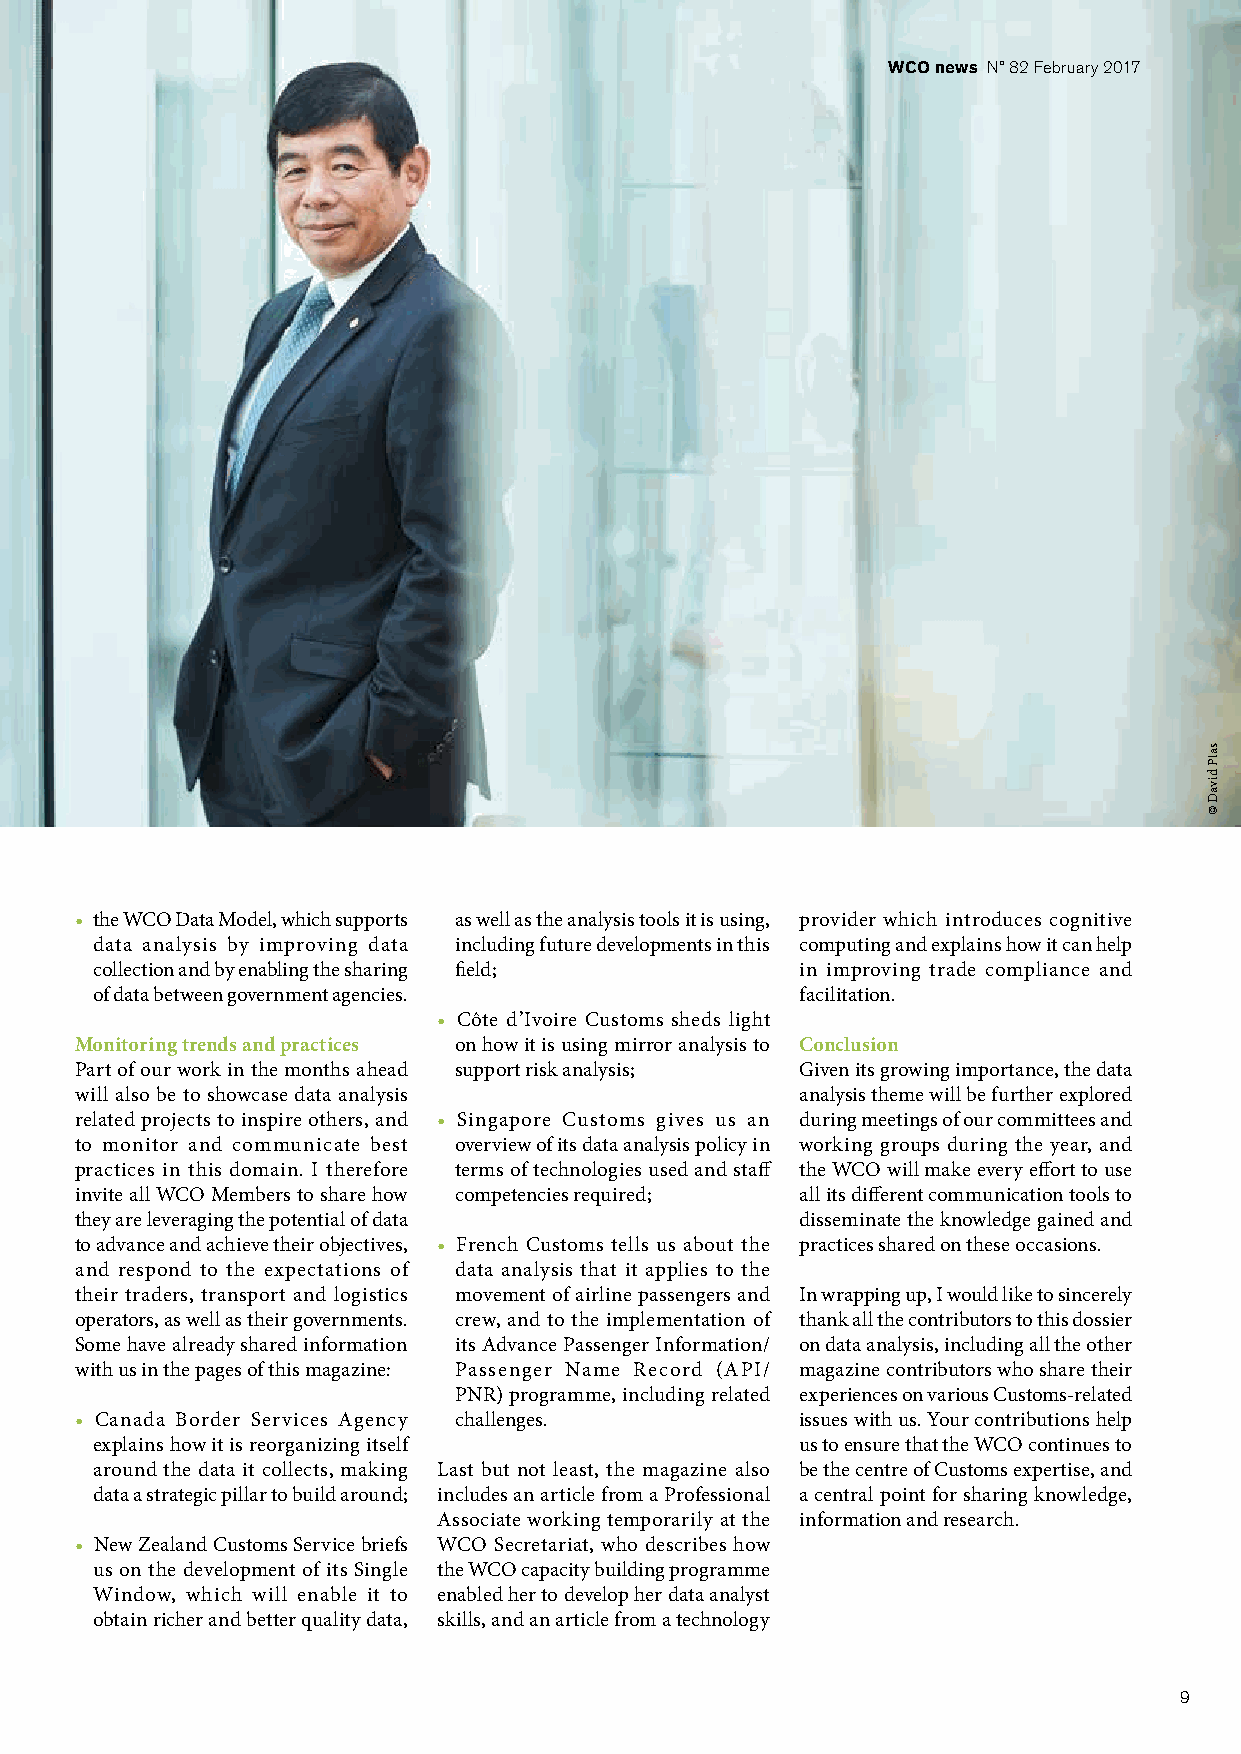
WCO news N° 82 February 2017
 • the WCO Data Model, which supports as well as the analysis tools it is using, provider which introduces cognitive
 data analysis by improving data including future developments in this computing and explains how it can help
 collection and by enabling the sharing field;  in improving trade compliance and
 of data between government agencies.           facilitation.
 • Côte d’Ivoire Customs sheds light
 Monitoring trends and practices on how it is using mirror analysis to Conclusion
 Part of our work in the months ahead support risk analysis; Given its growing importance, the data
 will also be to showcase data analysis          analysis theme will be further explored
 related projects to inspire others, and • Singapore Customs gives us an during meetings of our committees and
 to monitor and communicate best overview of its data analysis policy in working groups during the year, and
 practices in this domain. I therefore terms of technologies used and staff the WCO will make every effort to use
 invite all WCO Members to share how competencies required; all its different communication tools to
 they are leveraging the potential of data       disseminate the knowledge gained and
 to advance and achieve their objectives, • French Customs tells us about the practices shared on these occasions.
 and respond to the expectations of data analysis that it applies to the
 their traders, transport and logistics movement of airline passengers and In wrapping up, I would like to sincerely
 operators, as well as their governments. crew, and to the implementation of thank all the contributors to this dossier
 Some have already shared information its Advance Passenger Information/ on data analysis, including all the other
 with us in the pages of this magazine: Passenger Name Record (API/ magazine contributors who share their
 PNR) programme, including related experiences on various Customs-related
 • Canada Border Services Agency challenges.     issues with us. Your contributions help
 explains how it is reorganizing itself         us to ensure that the WCO continues to
 around the data it collects, making Last but not least, the magazine also be the centre of Customs expertise, and
 data a strategic pillar to build around; includes an article from a Professional a central point for sharing knowledge,
 Associate working temporarily at the information and research.
 • New Zealand Customs Service briefs WCO Secretariat, who describes how
 us on the development of its Single the WCO capacity building programme
 Window, which will enable it to enabled her to develop her data analyst
 obtain richer and better quality data, skills, and an article from a technology
 9
 salP
 divaD
 ©